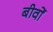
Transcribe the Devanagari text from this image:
बीवों